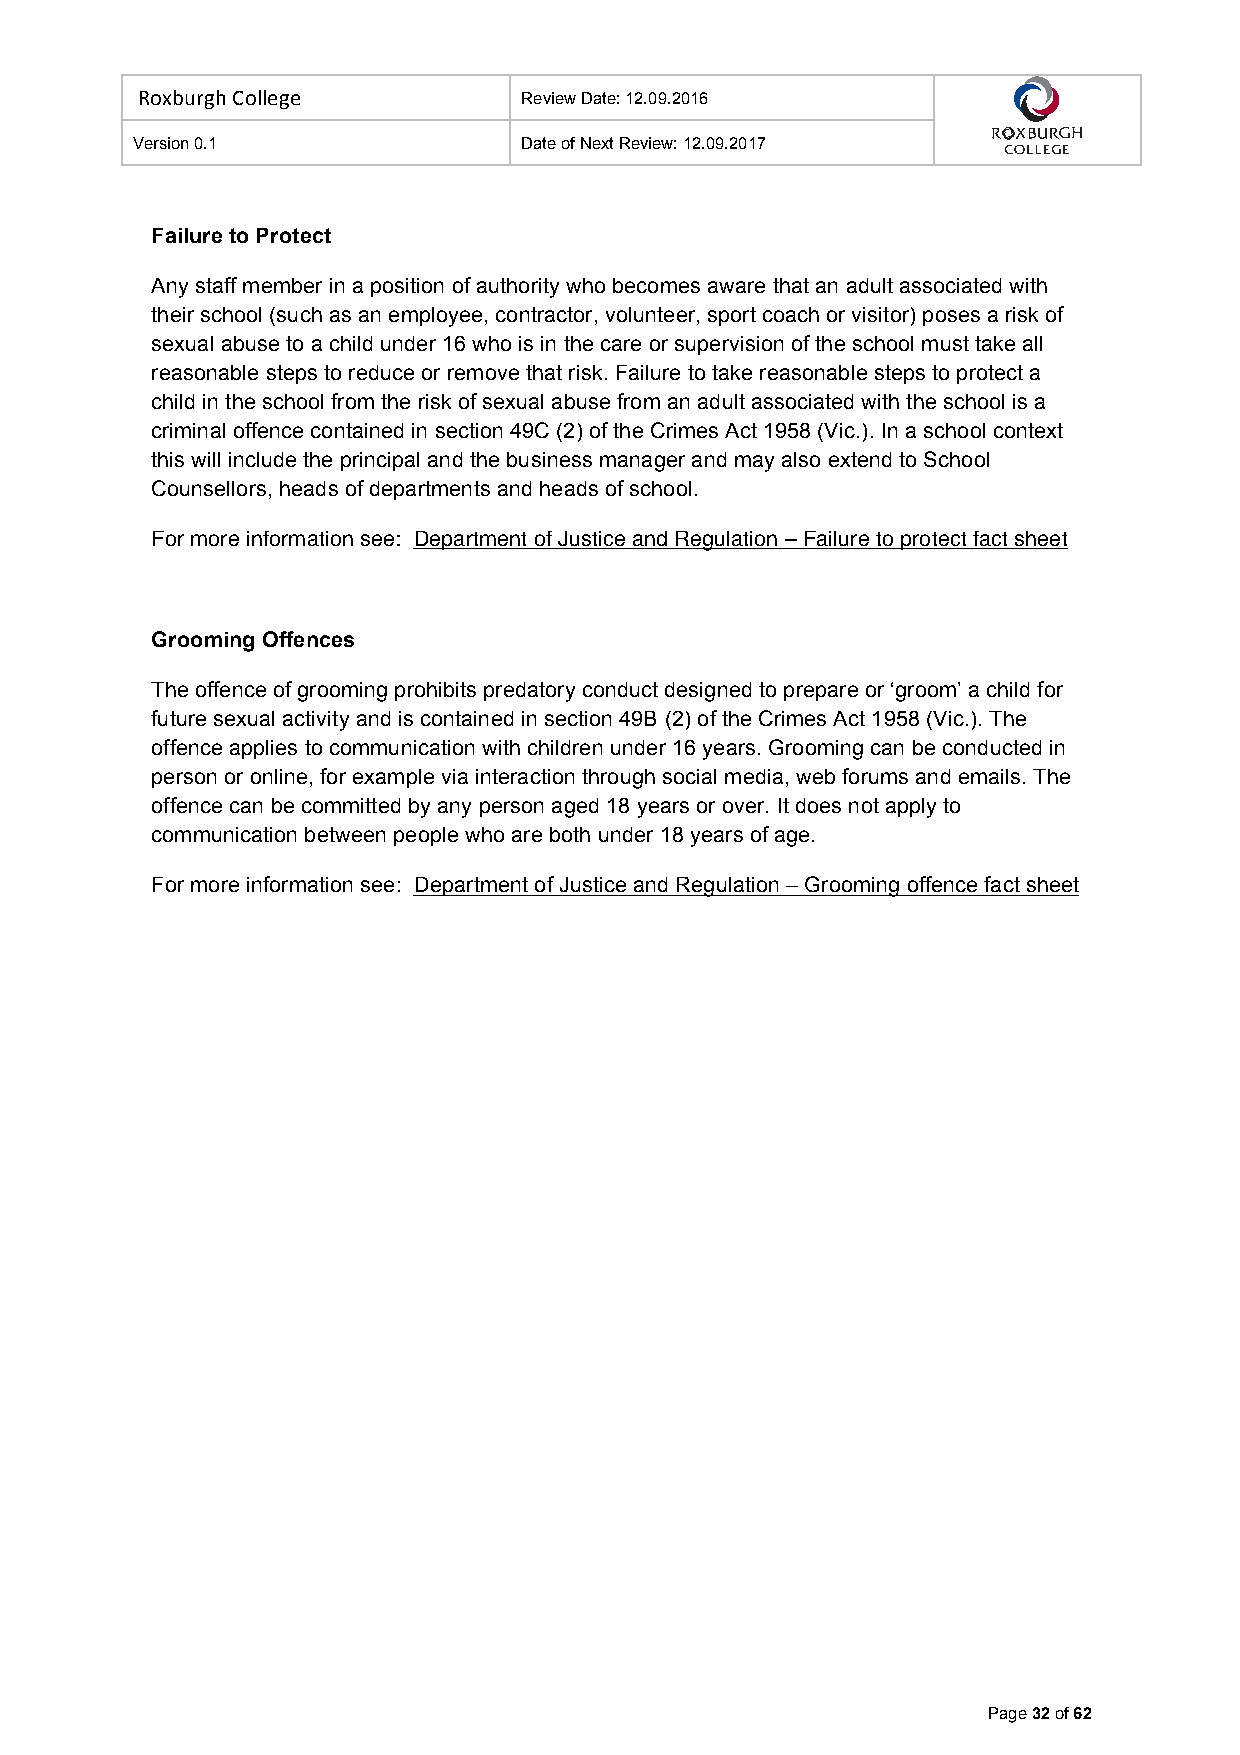
Roxburgh College          Review Date: 12.09.2016
 Version 0.1               Date of Next Review: 12.09.2017
 Failure to Protect
 Any staff member in a position of authority who becomes aware that an adult associated with
 their school (such as an employee, contractor, volunteer, sport coach or visitor) poses a risk of
 sexual abuse to a child under 16 who is in the care or supervision of the school must take all
 reasonable steps to reduce or remove that risk. Failure to take reasonable steps to protect a
 child in the school from the risk of sexual abuse from an adult associated with the school is a
 criminal offence contained in section 49C (2) of the Crimes Act 1958 (Vic.). In a school context
 this will include the principal and the business manager and may also extend to School
 Counsellors, heads of departments and heads of school.
 For more information see: Department of Justice and Regulation – Failure to protect fact sheet
 Grooming Offences
 The offence of grooming prohibits predatory conduct designed to prepare or ‘groom’ a child for
 future sexual activity and is contained in section 49B (2) of the Crimes Act 1958 (Vic.). The
 offence applies to communication with children under 16 years. Grooming can be conducted in
 person or online, for example via interaction through social media, web forums and emails. The
 offence can be committed by any person aged 18 years or over. It does not apply to
 communication between people who are both under 18 years of age.
 For more information see: Department of Justice and Regulation – Grooming offence fact sheet
 Page 32 of 62